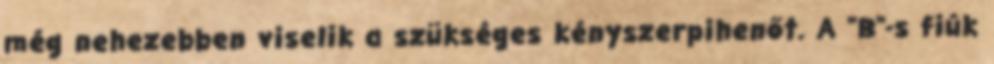
még nehezebben viselik a szükséges kényszerpihenőt. A "B"-s fiúk